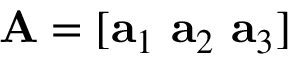
\mathbf { A } = [ \mathbf { a } _ { 1 } \ \mathbf { a } _ { 2 } \ \mathbf { a } _ { 3 } ]